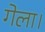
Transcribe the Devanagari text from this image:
गेला।